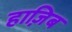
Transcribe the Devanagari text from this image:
हाज़िब